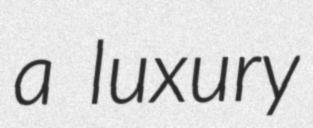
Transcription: a luxury